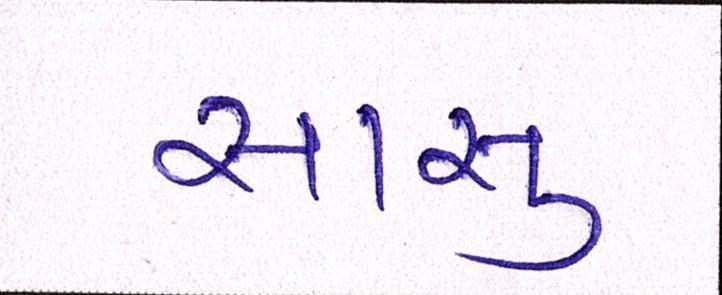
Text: સાસુ